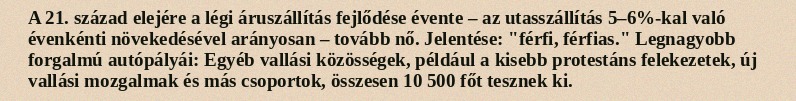
A 21. század elejére a légi áruszállítás fejlődése évente – az utasszállítás 5–6%-kal való évenkénti növekedésével arányosan – tovább nő. Jelentése: "férfi, férfias." Legnagyobb forgalmú autópályái: Egyéb vallási közösségek, például a kisebb protestáns felekezetek, új vallási mozgalmak és más csoportok, összesen 10 500 főt tesznek ki.